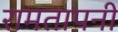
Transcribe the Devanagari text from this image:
रामतापनी